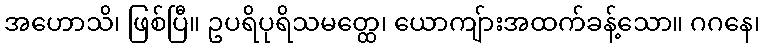
အဟောသိ၊ ဖြစ်ပြီ။ ဥပရိပုရိသမတ္ထေ၊ ယောကျ်ားအထက်ခန့်သော။ ဂဂနေ၊